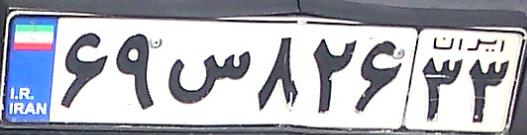
۶۹س۸۲۶۳۳